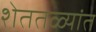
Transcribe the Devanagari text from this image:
शेततळ्यांत